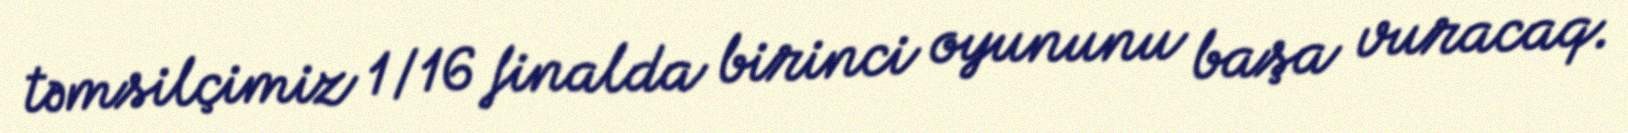
təmsilçimiz 1/16 finalda birinci oyununu başa vuracaq.